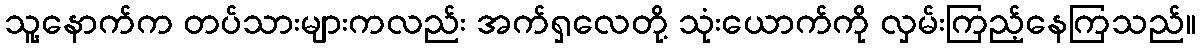
သူ့နောက်က တပ်သားများကလည်း အက်ရှလေတို့ သုံးယောက်ကို လှမ်းကြည့်နေကြသည်။